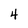
Character: 4